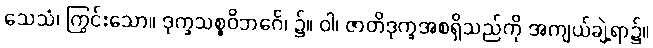
သေသံ၊ ကြွင်းသော။ ဒုက္ခသစ္စဝိဘင်္ဂေ၊ ၌။ ဝါ၊ ဇာတိဒုက္ခအစရှိသည်ကို အကျယ်ချဲ့ရာ၌။